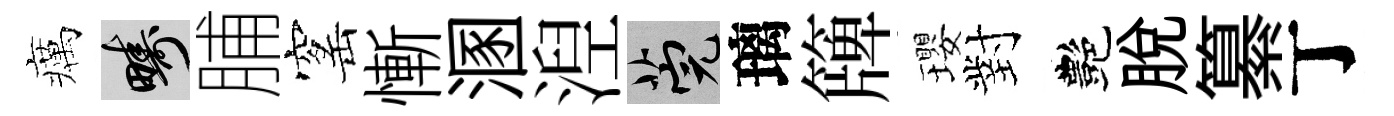
癘疇脯窰慚溷湼筦璃簰瓔對艷脱纂丁